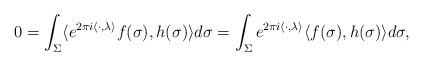
LaTeX: \begin{align*}0=\int_{\Sigma}\langle e^{2\pi i\langle \cdot, \lambda\rangle }f(\sigma),h(\sigma) \rangle d\sigma=\int_{\Sigma} e^{2\pi i\langle \cdot, \lambda\rangle }\langle f(\sigma),h(\sigma) \rangle d\sigma, \end{align*}